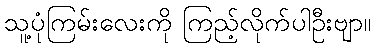
သူ့ပုံကြမ်းလေးကို ကြည့်လိုက်ပါဦးဗျာ။